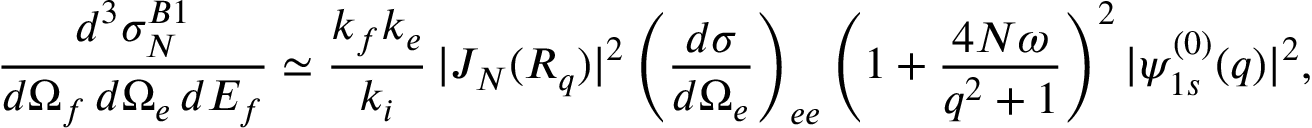
\frac { d ^ { 3 } { \sigma } _ { N } ^ { B 1 } } { d \Omega _ { f } \, d \Omega _ { e } \, d E _ { f } } \simeq \frac { k _ { f } k _ { e } } { k _ { i } } \, | J _ { N } ( { \cal R } _ { q } ) | ^ { 2 } \left( \frac { d { \sigma } } { d \Omega _ { e } } \right) _ { e e } \left( 1 + \frac { 4 N \omega } { q ^ { 2 } + 1 } \right) ^ { 2 } | \psi _ { 1 s } ^ { ( 0 ) } ( q ) | ^ { 2 } ,